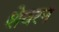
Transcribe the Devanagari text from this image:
शेवरन